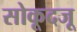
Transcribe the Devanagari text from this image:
सोकूदजू